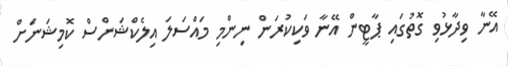
އޭނާ ވިދާޅުވި ގޮތުގައި ޕާޓީން އޭނާ ވަކިކުރަން ނިންމި މައްސަލަ އިލެކްޝަންސް ކޮމިޝަނަށް